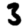
Digit: 3